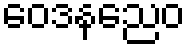
ဝေဒနညေဝ